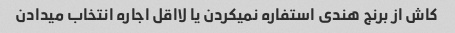
کاش از برنج هندی استفاره نمیکردن یا لااقل اجاره انتخاب میدادن